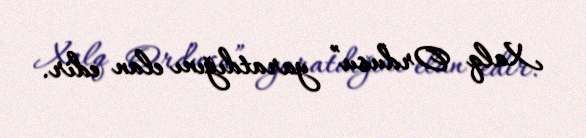
Xalq Ordusu” yaratdığını elan edir.